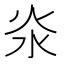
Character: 𣲱